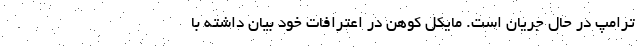
ترامپ در حال جریان است. مایکل کوهن در اعترافات خود بیان داشته با